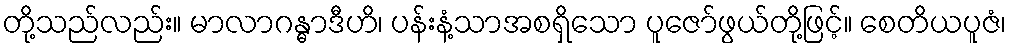
တို့သည်လည်း။ မာလာဂန္ဓာဒီဟိ၊ ပန်းနံ့သာအစရှိသော ပူဇော်ဖွယ်တို့ဖြင့်။ စေတိယပူဇံ၊